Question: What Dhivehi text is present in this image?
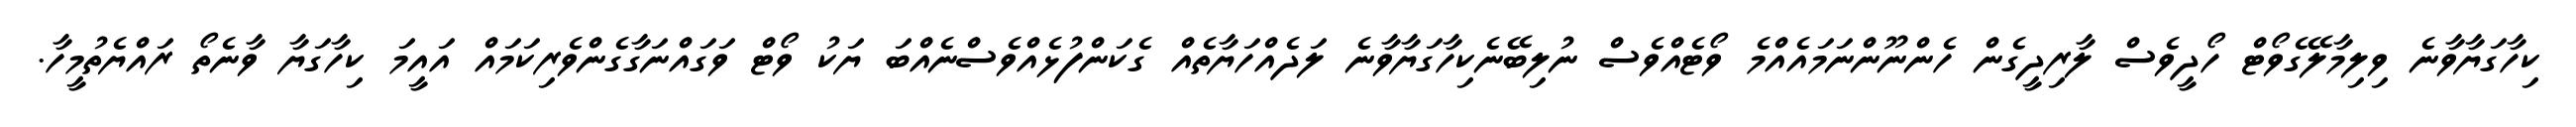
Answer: ކިހާގަޔާވާނެ ވިލިމާލޭގެވޯޓް ހޯދީވެސް ލާރިދީގެން ހެންނޫންނަމައެއްމެ ވޯޓެއްވެސް ނުލިބޭނެކިހާގަޔާވާނެ ލަދެއްހަޔާތެއް ގެކަންފުޅެއްވެސްނެއްބަ ޔަކު ވޯޓް ވަގައްނަގާގެންވެރިކަމައް އައީމަ ކިހާގަޔާ ވާނެތޯ ރައްޔެތުމީހާ.